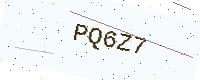
Text: PQ6Z7